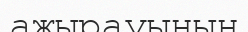
ажырауының